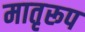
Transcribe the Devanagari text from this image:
मातृरूप